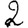
Digit: 2